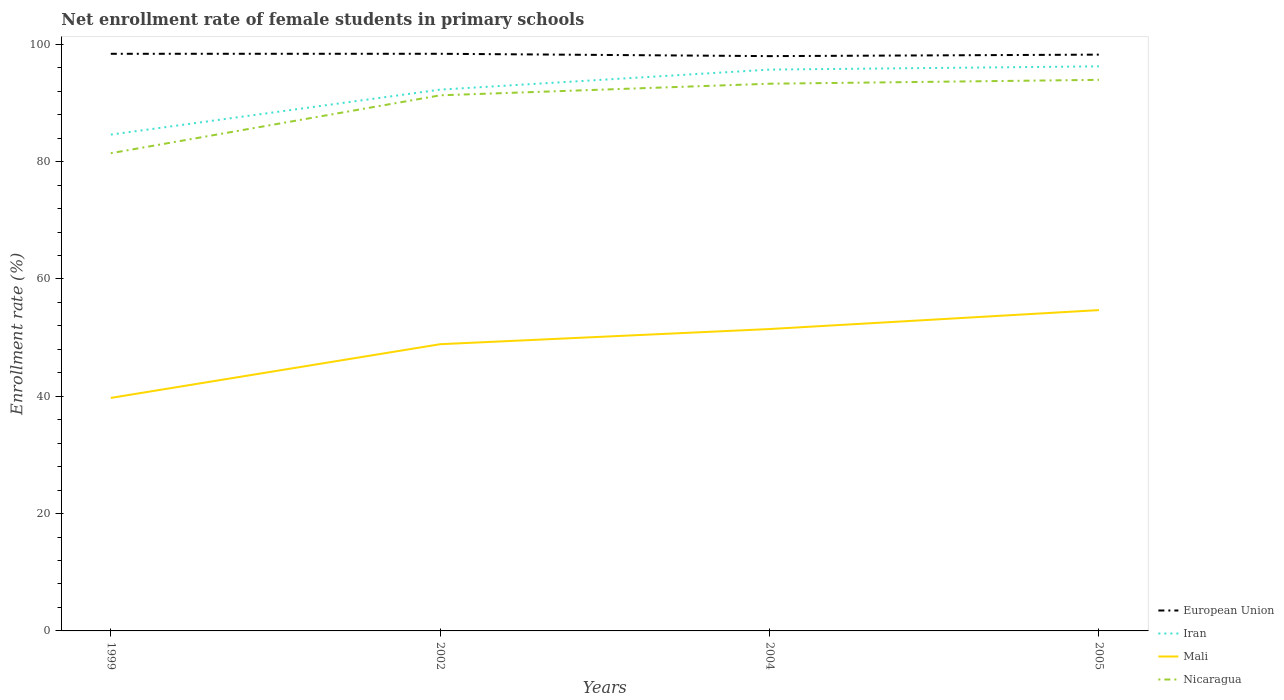
| Years | European Union | Iran | Mali | Nicaragua |
 | --- | --- | --- | --- | --- |
 | 1999 | 98.4 | 84.6 | 39.7 | 81.4 |
 | 2002 | 98.4 | 92.3 | 48.9 | 91.3 |
 | 2004 | 98 | 95.7 | 51.5 | 93.3 |
 | 2005 | 98.2 | 96.2 | 54.7 | 93.9 |